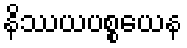
နိဿယပစ္စယေန